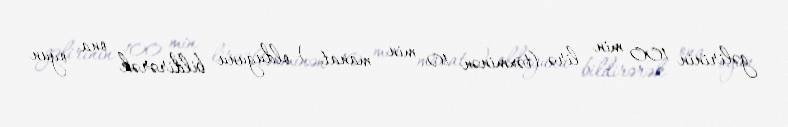
gəlirinin 100 min lirə (təxminən 10 min manat ) olduğunu bildirərək ona oyun